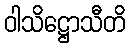
ဝါသိဋ္ဌောသီတိ